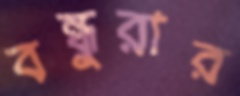
বন্ধুরার